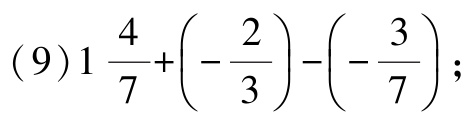
\((9)1\frac{4}{7}+\left(-\frac{2}{3}\right)-\left(-\frac{3}{7}\right);\)